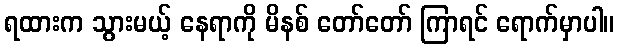
ရထားက သွားမယ့် နေရာကို မိနစ် တော်တော် ကြာရင် ရောက်မှာပါ။